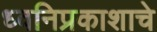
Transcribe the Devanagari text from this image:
ध्वनिप्रकाशाचे